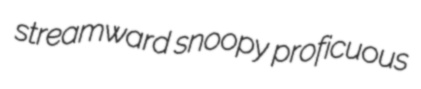
streamward snoopy proficuous